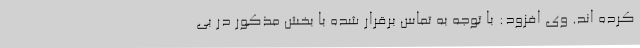
کرده اند. وی افزود: با توجه به تماس برقرار شده با بخش مذکور در بی